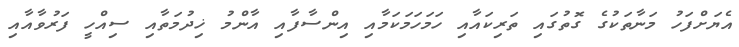
އެޔަށްފަހު މަނާތަކުގެ ގޮތުގައި ތަރިކައާއި ހަމަހަމަކަމާއި އިންސާފާއި އާންމު ޚިދުމަތާއި ސިއްހީ ފަރުވާއާއި